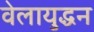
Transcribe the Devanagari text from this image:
वेलायुद्धन